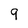
Character: 9